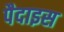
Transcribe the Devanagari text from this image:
पैदाइस